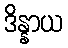
ဒိန္နာယ